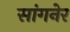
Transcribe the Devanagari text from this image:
सांगनेर